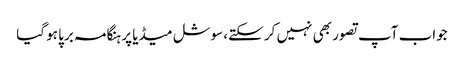
جواب آپ تصور بھی نہیں کر سکتے، سوشل میڈیا پر ہنگامہ برپا ہو گیا